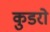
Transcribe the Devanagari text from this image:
कुडरो